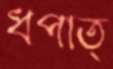
ধপাত্